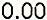
0.00